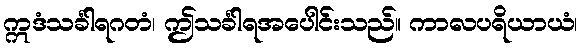
ဣဒံသင်္ခါရဂတံ၊ ဤသင်္ခါရအပေါင်းသည်။ ကာလပရိယာယံ၊